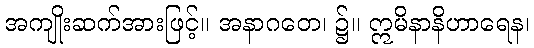
အကျိုးဆက်အားဖြင့်။ အနာဂတေ၊ ၌။ ဣမိနာနိဟာရေန၊